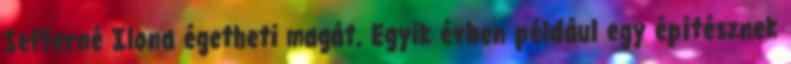
Sefferné Ilona égetheti magát. Egyik évben például egy építésznek